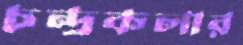
চন্দ্রকলার